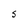
Character: S